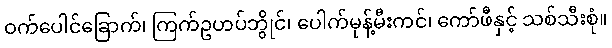
ဝက်ပေါင်ခြောက်၊ ကြက်ဥဟပ်ဘွိုင်၊ ပေါက်မုန့်မီးကင်၊ ကော်ဖီနှင့် သစ်သီးစုံ။